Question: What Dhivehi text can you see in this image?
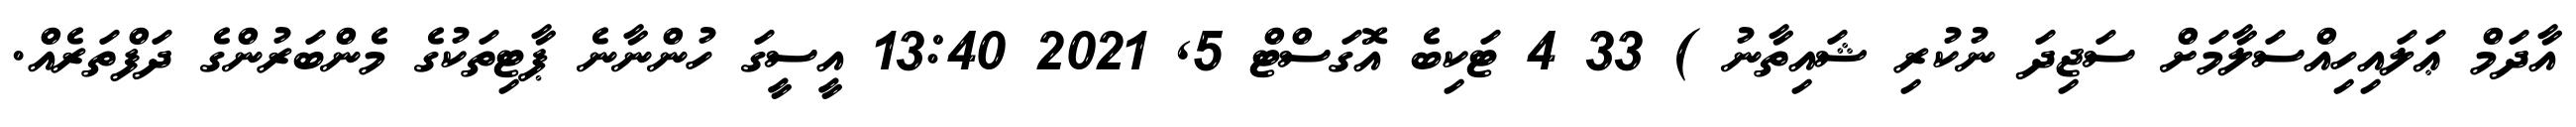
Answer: އާދަމް ޢަލައިހިއްސަލާމަށް ސަޖިދަ ނުކުރި ޝައިތާނު ) 33 4 ޓަކިބެ އޮގަސްޓް 5, 2021 13:40 އީސީގަ ހުންނާނެ ޕާޓިތަކުގެ މެންބަރުންގެ ދަފްތަރެއް.